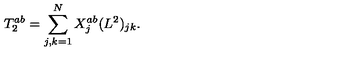
T _ { 2 } ^ { a b } = \sum _ { j , k = 1 } ^ { N } X _ { j } ^ { a b } ( L ^ { 2 } ) _ { j k } .